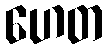
ဟေတ